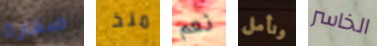
صفارة منذ نعم ونأمل الخاسر